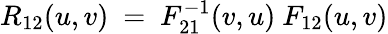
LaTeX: R_{12}(u,v)\ =\ F_{21}^{-1}(v,u)\ F_{12}(u,v)